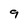
Character: 9